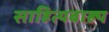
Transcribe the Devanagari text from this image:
साहित्यबाह्य